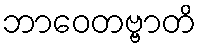
ဘာဝေတဗ္ဗာတိ